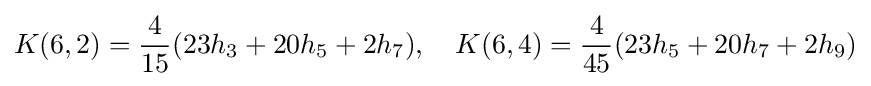
K(6,2)={\frac {4}{15}}(23h_{3}+20h_{5}+2h_{7}),\quad K(6,4)={\frac {4}{45}}(23h_{5}+20h_{7}+2h_{9})